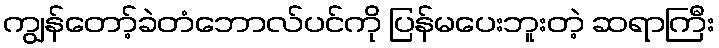
ကျွန်တော့်ခဲတံဘောလ်ပင်ကို ပြန်မပေးဘူးတဲ့ ဆရာကြီး